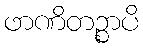
ဖာဏိတဉ္စာပိ